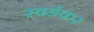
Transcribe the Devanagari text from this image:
स्वर्ङकर